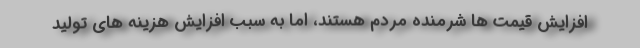
افزایش قیمت ها شرمنده مردم هستند، اما به سبب افزایش هزینه های تولید